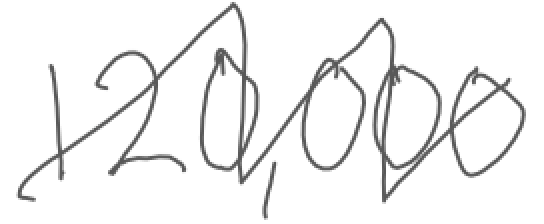
Text: 120,000
Cross-out: zig-zag
Writing tool: digital_gray